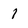
Character: 1